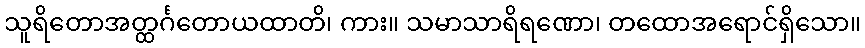
သူရိတောအတ္ထင်္ဂတောယထာတိ၊ ကား။ သမာသာရိရဏော၊ တထောအရောင်ရှိသော။